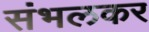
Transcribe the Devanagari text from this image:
संभलकर